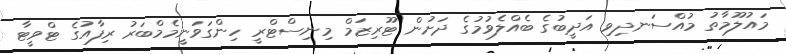
މައުލޫމާތު މުއްސަނދިވި އަދީބުގެ ބެއްލެވުމުގެ ދަށުން ޓޫރިޒަމް މިނިސްޓްރީ ހިންގަވަނީމެމްބަރު ރިފާއުގެ ޓްވީޓާ